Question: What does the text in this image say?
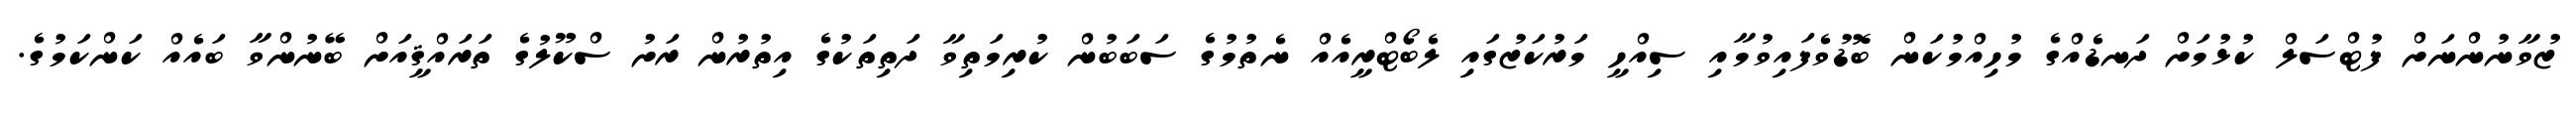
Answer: ޒުވާނުންނަށް ފުޓްސަލް ކުޅުމަށް ދަނޑެއްގެ މުހިއްމުކަން ބޮޑުވެފައިވުމާއި ސިއްހީ މަރުކަޒުގައި ލެބޯޓްރީއެއް ނެތުމުގެ ސަބަބުން ކުރިމަތިވާ ދަތިތަކުގެ އިތުރުން ރަށު ސްކޫލުގެ ތަރައްޤީއަށް ބޭނުންވާ ބައެއް ކަންކަމުގެ.